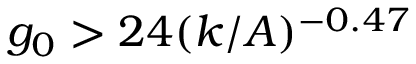
g _ { 0 } > 2 4 ( k / A ) ^ { - 0 . 4 7 }